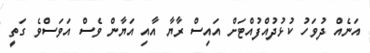
އަނެއް ދުވަހު ކުޅުދުއްފުއްޓަށް އައިސް ރާޔާ އާއި އަޔާން ވެސް އަވަސްވެ ގަތީ